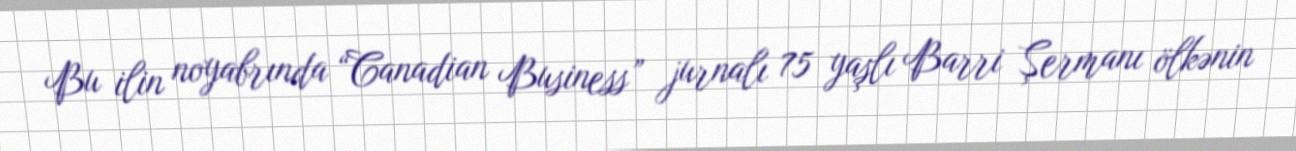
Bu ilin noyabrında “Canadian Business” jurnalı 75 yaşlı Barri Şermanı ölkənin